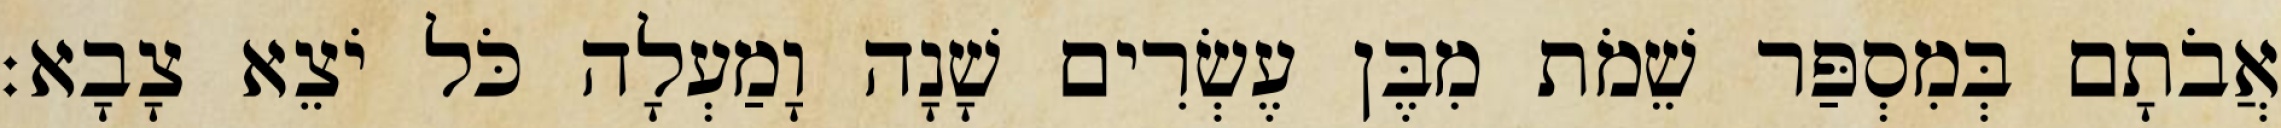
אֲבֹתָם בְּמִסְפַּר שֵׁמֹת מִבֶּן עֶשְׂרִים שָׁנָה וָמַעְלָה כֹּל יֹצֵא צָבָא׃